Report on plague and inoculation in the Punjab from October 1st ... to September 30th..., being the ... season of plague in the province
Disease focus: Plague
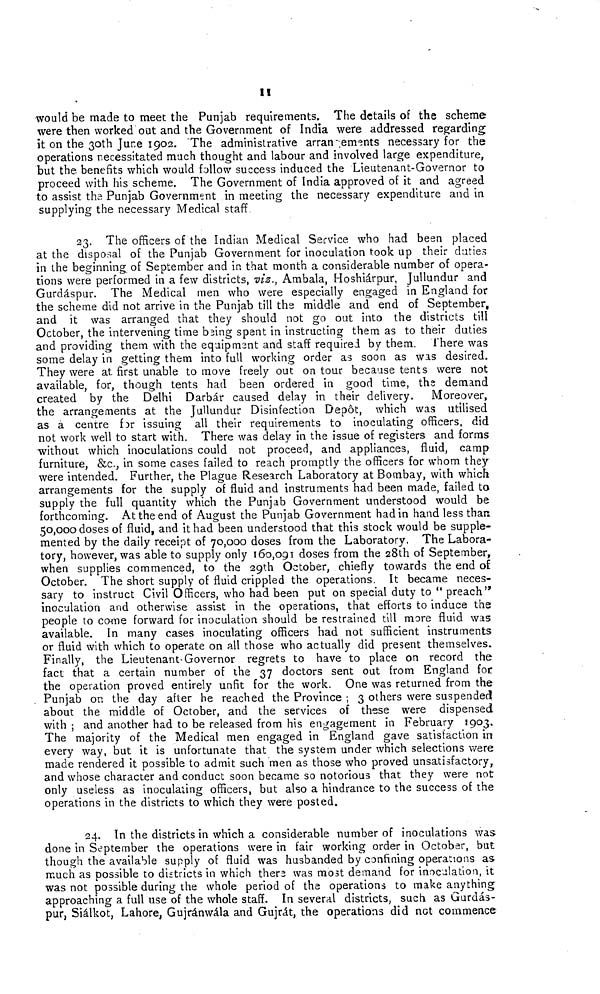
II
would be made to meet the Punjab requirements. The details of the scheme
were then worked out and the Government of India were addressed regarding
it on the 30th June 1902. The administrative arrangements necessary for the
operations necessitated much thought and labour and involved large expenditure,
but the benefits which would follow success induced the Lieutenant-Governor to
proceed with his scheme. The Government of India approved of it and agreed
to assist the Punjab Government in meeting the necessary expenditure and in
supplying the necessary Medical staff
23. The officers of the Indian Medical Service who had been placed
at the disposal of the Punjab Government for inoculation took up their duties
in the beginning of September and in, that month a considerable number of opera-
tions were performed in a few districts, viz., Ambala, Hoshiárpur, Jullundur and
Gurdáspur. The Medical men who were especially engaged in England for
the scheme did not arrive in the Punjab till the middle and end of September,
and it was arranged that they should not go out into the districts till
October, the intervening time baing spent in instructing them as to their duties
and providing them with the equipmsnt and staff required by them. There was
some delay in getting them into full working order as soon as was desired.
They were at first unable to move freely out on tour because tents were not
available, for, though tents had been ordered in good time, the demand
created by the Delhi Darbár caused delay in their delivery.
Moreover,
the arrangements at the Jullundur Disinfection Depot, which was utilised
as a centre for issuing all their requirements to inoculating officers, did
not work well to start with. There was delay in the issue of registers and forms
without which inoculations could not proceed, and appliances, fluid, camp
furniture, &c., in some cases failed to reach promptly the officers for whom they
were intended. Further, the Plague Research Laboratory at Bombay, with which
arrangements for the supply of fluid and instruments had been made, failed to
supply the full quantity which the Punjab Government understood would be
forthcoming. At the end of August the Punjab Government had in hand less than
50,000 doses of fluid, and it had been understood that this stock would be supple-
mented by the daily receipt of 70,000 doses from the Laboratory. The Labora-
tory, however, was able to supply only 160,091 doses from the 28th of September,
when supplies commenced, to the 29th October, chiefly towards the end of
October. The short supply of fluid crippled the operations. It became neces-
sary to instruct Civil Officers, who had been put on special duty to " preach"
inoculation and otherwise assist in the operations, that efforts to induce the
people to come forward for inoculation should be restrained till more fluid was
available. In many cases inoculating officers had not sufficient instruments
or fluid with which to operate on all those who actually did present themselves.
Finally, the Lieutenant. Governor regrets to have to place on record the
fact that a certain number of the 37 doctors sent out from England for
the operation proved entirely unfit for the work. One was returned from the
Punjab on the day after he reached the Province ; 3 others were suspended
about the middle of October, and the services of these were dispensed
with ; and another had to be released from his engagement in February 1903.
The majority of the Medical men engaged in England gave satisfaction in
every way, but it is unfortunate that the system under which selections were
made rendered it possible to admit such men as those who proved unsatisfactory,
and whose character and conduct soon became so notorious that they were not
only useless as inoculating officers, but also a hindrance to the success of the
operations in the districts to which they were posted.
24. In the districts in which a considerable number of inoculations was
done in September the operations were in fair working order in October, but
though the available supply of fluid was husbanded by confining operations as
much as possible to districts in which there was most demand for inoculation, it
was not possible during the whole period of the operations to make anything
approaching a full use of the whole staff. In several districts, such as Gurdás-
pur, Siálkot, Lahore, Gujránwála and Gujrát, the operations did not commence